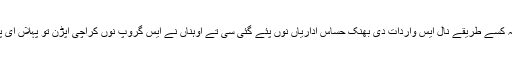
تے کسے نہ کسے طریقے نال ایس واردات دی بھنک حساس اداریاں نوں پئے گئی سی تے اوہناں نے ایس گروپ نوں کراچی اپڑن تو پہلاں ای پھڑ لیا سی ۔